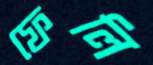
ফেলি